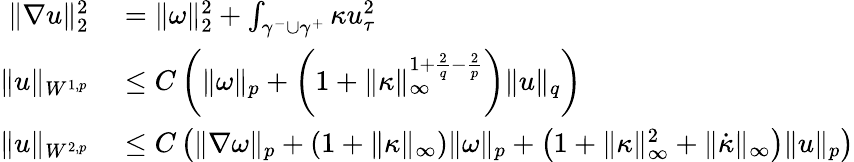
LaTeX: \begin{array}{rl}{\| \nabla u\| _{2}^{2}}&{{}=\| \omega\| _{2}^{2}+\int_{\gamma^{-}\cup\gamma^{+}}\kappa u_{\tau}^{2}}\\ {\| u\| _{W^{1,p}}}&{{}\leq C\left(\| \omega\| _{p}+\left(1+\| \kappa\| _{\infty}^{1+\frac{2}{q}-\frac{2}{p}}\right)\| u\| _{q}\right)}\\ {\| u\| _{W^{2,p}}}&{{}\leq C\left(\| \nabla\omega\| _{p}+(1+\| \kappa\| _{\infty})\| \omega\| _{p}+\left(1+\| \kappa\| _{\infty}^{2}+\| \dot{\kappa}\| _{\infty}\right)\| u\| _{p}\right)}\end{array}